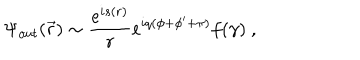
LaTeX: \Psi _ { o u t } ( \vec { r } ) \sim \frac { e ^ { i s ( r ) } } r e ^ { i q ( \phi + \phi ^ { \prime } + \pi ) } f ( \gamma ) \ ,